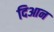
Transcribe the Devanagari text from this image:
दिआन